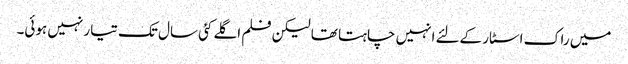
میں راک اسٹار کےلئے انہیں چاہتا تھا لیکن فلم اگلے کئی سال تک تیار نہیں ہوئی۔